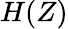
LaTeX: H(Z)